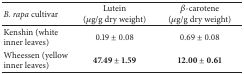
| B. rapa cultivar | Lutein(μg/g dry weight) | β-carotene(μg/g dry weight) |
 | --- | --- | --- |
 | Kenshin (white inner leaves) | 0.19 ± 0.08 | 0.69 ± 0.08 |
 | Wheessen (yellow inner leaves) | 47.49 ± 1.59 | 12.00 ± 0.61 |